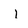
Character: 1